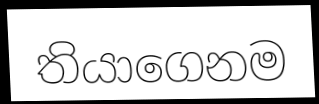
තියාගෙනම